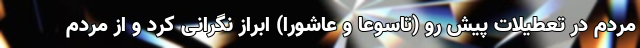
مردم در تعطیلات پیش رو (تاسوعا و عاشورا) ابراز نگرانی کرد و از مردم